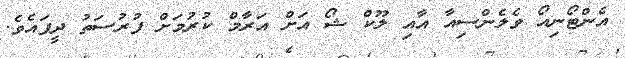
އެންޓޯނިއޯ ވެލެންސިއާ އާއި ލޫކް ޝޯ އަށް އަރާމް ކުރުމަށް ފުރުސަތު ދީފައެވެ.